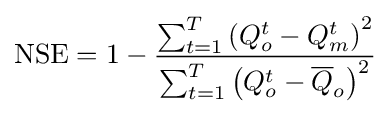
{\text{NSE}}=1-{\frac {\sum _{t=1}^{T}\left(Q_{o}^{t}-Q_{m}^{t}\right)^{2}}{\sum _{t=1}^{T}\left(Q_{o}^{t}-{\overline {Q}}_{o}\right)^{2}}}